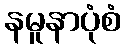
နမူနာပုံစံ